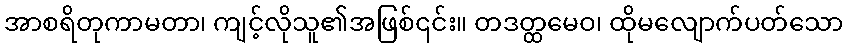
အာစရိတုကာမတာ၊ ကျင့်လိုသူ၏အဖြစ်၎င်း။ တဒတ္ထမေဝ၊ ထိုမလျောက်ပတ်သော